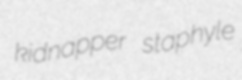
kidnapper staphyle